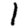
Digit: 1